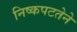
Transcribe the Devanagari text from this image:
निष्कपटतेने